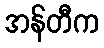
အန်တီက